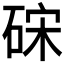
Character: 𥒬